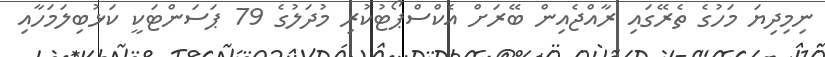
ނިމިދިޔަ މަހުގެ ތެރޭގައި ރާއްޖެއިން ބޭރަށް އެކްސްޕޯޓުކުރި މުދަލުގެ 79 ޕަސަންޓަކީ ކަޅުބިލަމަހާއި